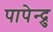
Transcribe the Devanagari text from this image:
पापेन्द्रु